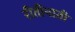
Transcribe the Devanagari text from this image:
रीतीभाती